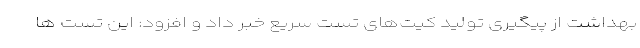
بهداشت از پیگیری تولید کیت‌های تست سریع خبر داد و افزود: این تست ها